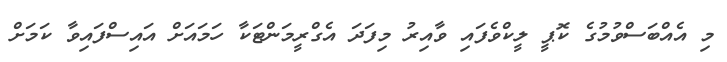
މި އެއްބަސްވުމުގެ ކޮޕީ ލީކްވެފައި ވާއިރު މިފަދަ އެގްރީމަންޓަކާ ހަމައަށް އައިސްފައިވާ ކަމަށް